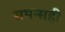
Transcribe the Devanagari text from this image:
समन्सही